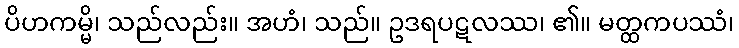
ပိဟကမ္မိ၊ သည်လည်း။ အဟံ၊ သည်။ ဥဒရပဋလဿ၊ ၏။ မတ္ထကပဿံ၊